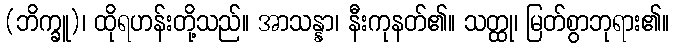
(ဘိက္ခူ)၊ ထိုရဟန်းတို့သည်။ အာသန္နာ၊ နီးကုနတ်၏။ သတ္ထု၊ မြတ်စွာဘုရား၏။